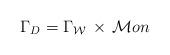
LaTeX: \begin{align*}\Gamma_D = \Gamma_{\cal W} \, \times \, {\cal M}on\end{align*}